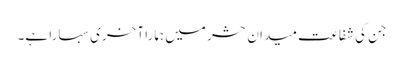
جن کی شفاعت میدان حشر میں ہمارا آخری سہارا ہے۔